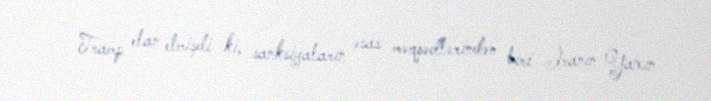
- Tramp elan etmişdi ki, sanksiyaların əsas məqsədlərindən biri İranın Yaxın